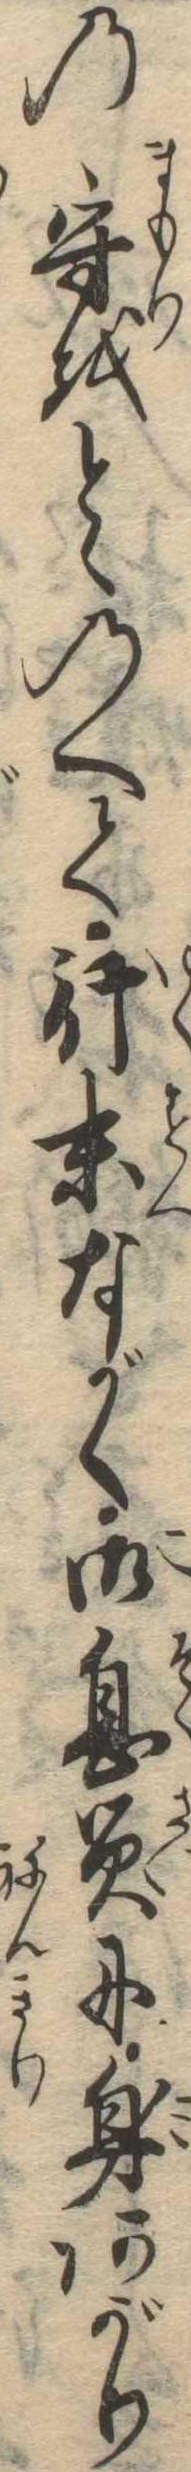
の守をとゝのへて行末ながく御息災に身あがり